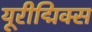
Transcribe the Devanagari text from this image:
यूरीद्मिक्स